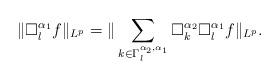
LaTeX: \begin{align*}\|\Box_l^{\alpha_1}f\|_{L^p}=\|\sum_{k\in\Gamma_l^{\alpha_2,\alpha_1}}\Box_k^{\alpha_2}\Box_l^{\alpha_1}f\|_{L^p}.\end{align*}